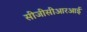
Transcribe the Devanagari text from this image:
सीजीसीआरआई